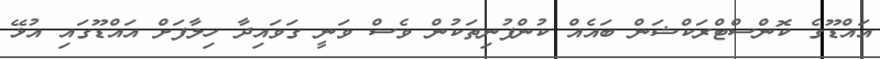
އައްޑޫގެ ކޮންސްޓްރަކްޝަން ބައެއް ކުންފުނިތަކުން ވެސް ވަނީ ގަވައިދާ ހިލާފަށް އައްޑޫގައި އުޅޭ